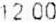
12.00